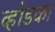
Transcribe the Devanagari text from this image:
व्होडका